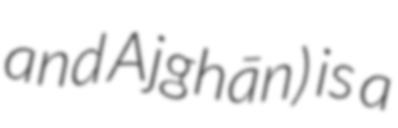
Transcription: and Ajghān) is a